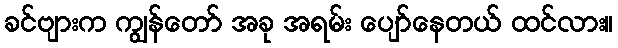
ခင်ဗျားက ကျွန်တော် အခု အရမ်း ပျော်နေတယ် ထင်လား။